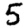
Digit: 5